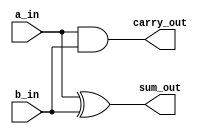
// 1-bit half adder

module half_adder (
    input   a_in,           // augend
    input   b_in,           // addend

    output  sum_out,        // sum
    output  carry_out       // carry output
);
    
    assign sum_out      =   a_in ^ b_in;    // ^ := XOR
    assign carry_out    =   a_in & b_in;    // & := AND

endmodule